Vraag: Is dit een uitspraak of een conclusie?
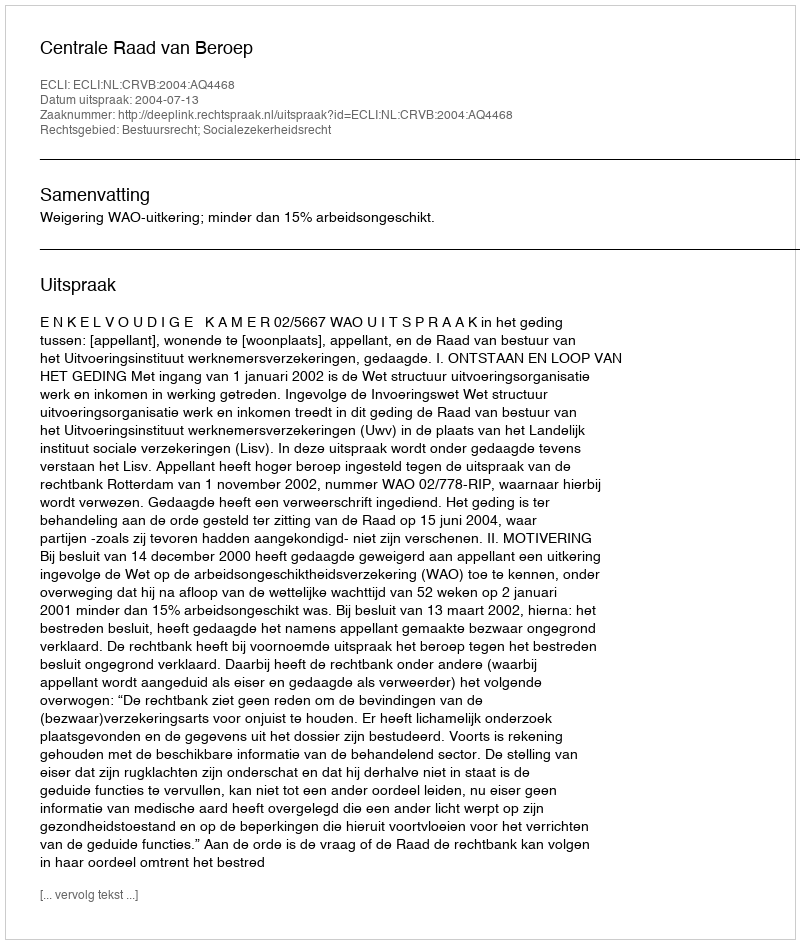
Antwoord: Uitspraak